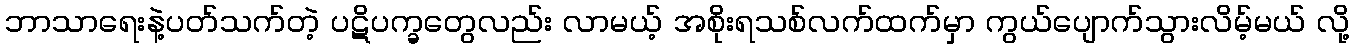
ဘာသာရေးနဲ့ပတ်သက်တဲ့ ပဋိပက္ခတွေလည်း လာမယ့် အစိုးရသစ်လက်ထက်မှာ ကွယ်ပျောက်သွားလိမ့်မယ် လို့